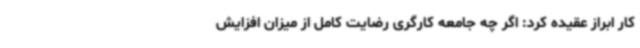
کار ابراز عقیده کرد: اگر چه جامعه کارگری رضایت کامل از میزان افزایش